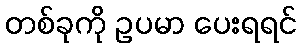
တစ်ခုကို ဥပမာ ပေးရရင်